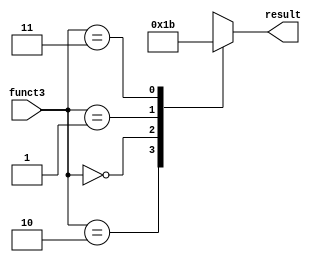
`timescale 1ns / 1ps

`define sw 2'b10
`define sb 2'b00
`define sh 2'b01



module store_controller(funct3, result);
    input [1:0] funct3;
    output reg [1:0] result;
    
    always@ (*) begin
  
        case(funct3)
            `sw: result = 2'b00;
            `sb: result = 2'b01;
            `sh: result = 2'b10;
            2'b11: result = 2'b11;
            default: result = 2'bx;
        endcase
    end
endmodule